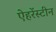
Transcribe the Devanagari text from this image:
ऐहरेंस्टीन